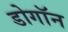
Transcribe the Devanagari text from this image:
डोगॉन